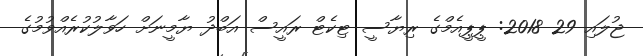
ޖުލައި 29 2018: ޕީޕީއެމްގެ ރިޔާސީ ޓިކެޓް ރައީސް އަބްދު ޔާމީނަށް ހަވާލުކުރެއްވުމުގެ